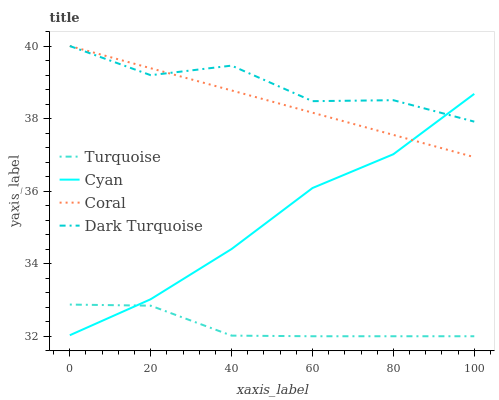
| xaxis_label | Turquoise | Cyan | Coral | Dark Turquoise |
 | --- | --- | --- | --- | --- |
 | 0 | 32.9 | 32 | 40 | 40 |
 | 20 | 32.8 | 33 | 39.4 | 39.2 |
 | 40 | 32 | 34.4 | 38.8 | 39.5 |
 | 60 | 32 | 36.1 | 38.2 | 38.5 |
 | 80 | 32 | 37 | 37.5 | 38.5 |
 | 100 | 32 | 38.7 | 36.9 | 37.9 |